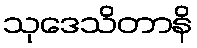
သုဒေသိတာနိ